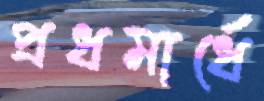
প্রধমার্ধে